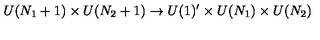
U ( N _ { 1 } + 1 ) \times U ( N _ { 2 } + 1 ) \rightarrow U ( 1 ) ^ { \prime } \times U ( N _ { 1 } ) \times U ( N _ { 2 } )